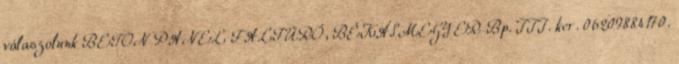
válaszolunk BETON PANEL FALFÚRÓ, BÉKÁSMEGYER Bp. III. ker. 06209884170.